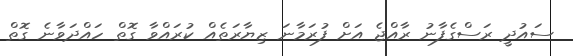
ސައުދީ ރަސްގެފާނު ރާއްޖެ އަށް ފުރަމާނަ ޒިޔާރަތެއް ކުރައްވާ ގޮތް ހައްދަވާނެ ގޮތް